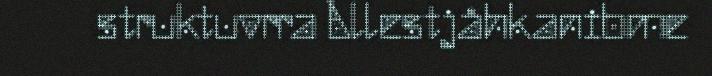
struktuvrra Ållestjåhkanibme